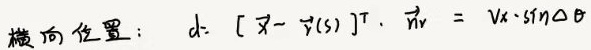
横向位置：$d: [ \vec{x} - \vec{r}(s) ]^T \cdot \vec{n} = V_x \cdot \sin \Delta \theta$